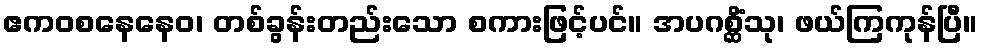
ဧကဝစနေနေဝ၊ တစ်ခွန်းတည်းသော စကားဖြင့်ပင်။ အပဂစ္ဆိံသု၊ ဖယ်ကြကုန်ပြီ။